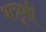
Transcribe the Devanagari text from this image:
शत्रूशीं